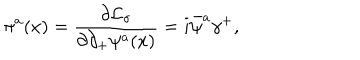
LaTeX: \pi ^ { a } ( x ) = { \frac { \partial { \cal L } _ { \sigma } } { \partial \partial _ { + } \psi ^ { a } ( x ) } } = i \bar { \psi } ^ { a } \gamma ^ { + } ,